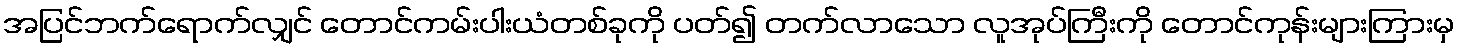
အပြင်ဘက်ရောက်လျှင် တောင်ကမ်းပါးယံတစ်ခုကို ပတ်၍ တက်လာသော လူအုပ်ကြီးကို တောင်ကုန်းများကြားမှ